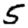
Digit: 5